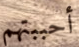
أحببتهم